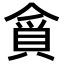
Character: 𮚃